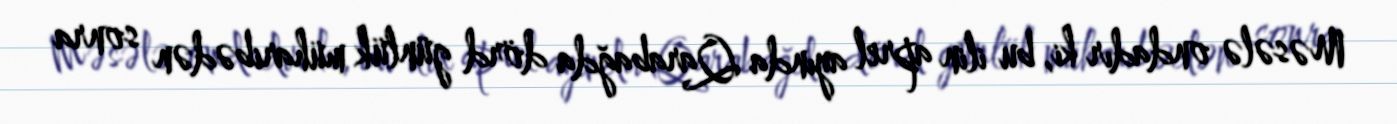
Məsələ ondadır ki, bu ilin aprel ayında Qarabağda dörd günlük müharibədən sonra